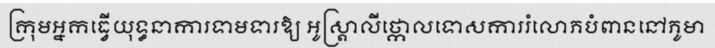
ក្រុមអ្នកធ្វើយុទ្ធនាការទាមទារឱ្យ អូស្ត្រាលីថ្កោលទោសការរំលោភបំពាននៅភូមា